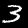
Label: 3